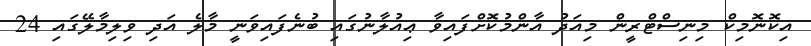
އިކޮނޮމިކް މިނިސްޓްރީން މިއަދު އާންމުކޮށްފައިވާ ޢިއުލާނުގައި ބުނެފައިވަނީ މާލެ އަދި ވިލިމާލޭގައި 24